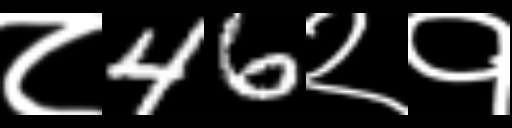
Text: ८46२१